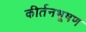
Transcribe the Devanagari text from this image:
कीर्तनभूषण